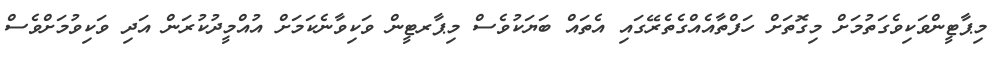
މިޕާޓީންވަކިވެގަތުމަށް މިގޮތަށް ހަފްތާއެއްގެތެރޭގައި އެތައް ބަޔަކުވެސް މިޕާރޓީން ވަކިވާނެކަމަށް އުއްމީދުކުރަން އަދި ވަކިވުމަށްވެސް